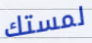
لمستك